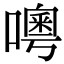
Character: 𠿋